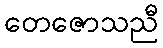
တေဇောသညီ